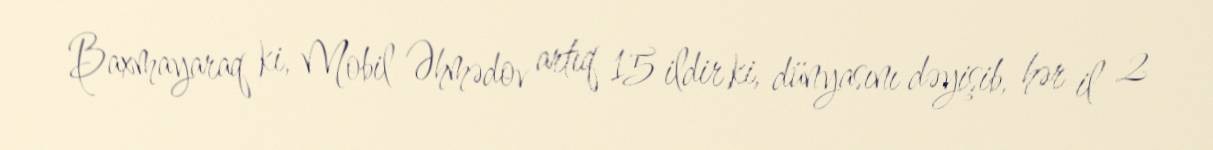
Baxmayaraq ki, Mobil Əhmədov artıq 15 ildir ki, dünyasını dəyişib, hər il 2